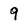
Character: 9